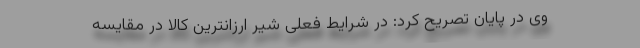
وی در پایان تصریح کرد: در شرایط فعلی شیر ارزانترین کالا در مقایسه